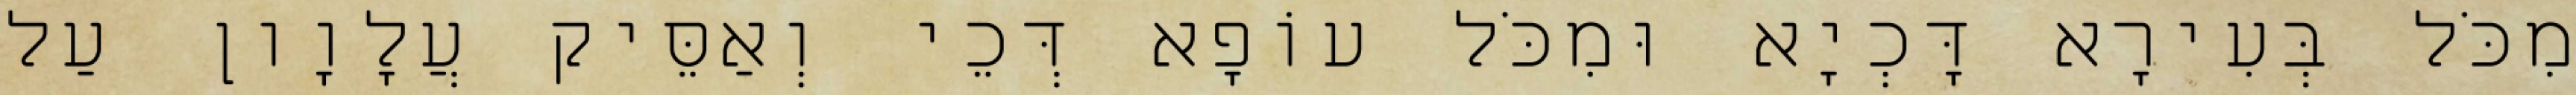
מִכֹּל בְּעִירָא דָּכְיָא וּמִכֹּל עוֹפָא דְּכֵי וְאַסֵּיק עֲלָוָון עַל